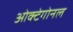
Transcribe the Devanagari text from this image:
ओक्टेगोनल